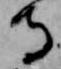
守